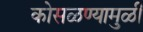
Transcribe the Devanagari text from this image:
कोसळण्यामुळीं